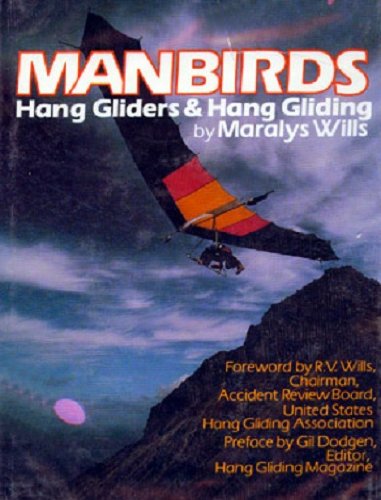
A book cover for Manbirds: Hang Gliders and Hang Gliding (The Motorless flight series); Maralys Wills; Sports & Outdoors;